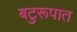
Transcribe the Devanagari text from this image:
बटुरूपात